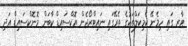
ޓާރ ގައި ހިމެނޭ ކެމިކަލްތަކުގެ ތެރޭގައި ނައިޓްރޯޖެން އޮކްސައިޑް ކާބަން މޮނޮކްސައިޑް އަދި